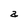
Character: a